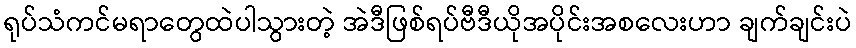
ရုပ်သံကင်မရာတွေထဲပါသွားတဲ့ အဲဒီဖြစ်ရပ်ဗီဒီယိုအပိုင်းအစလေးဟာ ချက်ချင်းပဲ